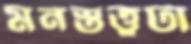
মনস্তত্ত্বটা